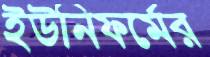
ইউনিফর্মের